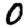
Digit: 0